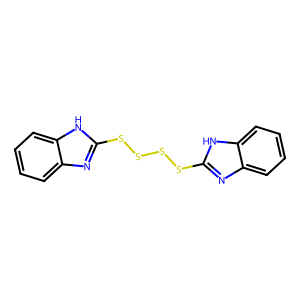
SMILES: c1ccc2[nH]c(SSSSc3nc4ccccc4[nH]3)nc2c1
Inhibits HIV replication: No